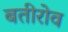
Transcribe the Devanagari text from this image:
बतीरोव